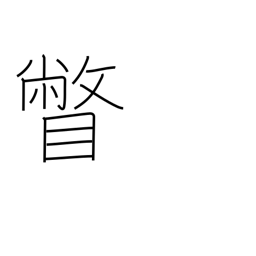
Meaning: glance at